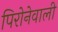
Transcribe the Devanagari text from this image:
पिरोनेवाली